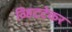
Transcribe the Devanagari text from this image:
व्हिटटेकर